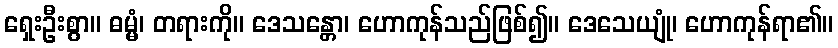
ရှေးဦးစွာ။ ဓမ္မံ၊ တရားကို။ ဒေသန္တော၊ ဟောကုန်သည်ဖြစ်၍။ ဒေသေယျုံ၊ ဟောကုန်ရာ၏။